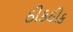
ઠીકઠીક